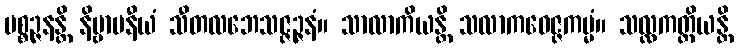
ပစ္စဉ္ဇနန္တိ နိဗ္ဗာပနီယံ သီတလဘေသဇ္ဇဉ္ဇနံ။ သာလာကိယန္တိ သလာကဝေဇ္ဇကမ္မံ။ သလ္လကတ္တိယန္တိ